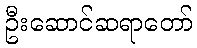
ဦးဆောင်ဆရာတော်